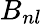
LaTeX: B_{nl}